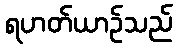
ရဟတ်ယာဉ်သည်